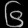
Digit: ၆